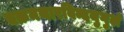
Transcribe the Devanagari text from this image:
चक्रमथारविन्दयुगुलं